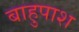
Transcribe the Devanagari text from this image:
बाहुपाश